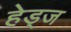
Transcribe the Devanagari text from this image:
हेड्ज